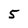
Character: 5